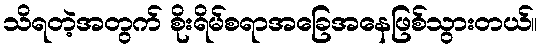
သိရတဲ့အတွက် စိုးရိမ်စရာအခြေအနေဖြစ်သွားတယ်။